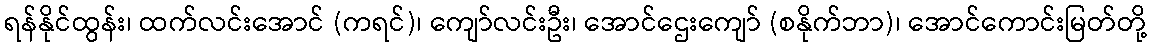
ရန်နိုင်ထွန်း၊ ထက်လင်းအောင် (ကရင်)၊ ကျော်လင်းဦး၊ အောင်ဌေးကျော် (စနိုက်ဘာ)၊ အောင်ကောင်းမြတ်တို့